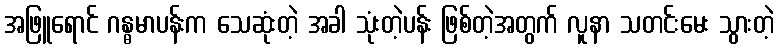
အဖြူရောင် ဂန္ဓမာပန်းက သေဆုံးတဲ့ အခါ သုံးတဲ့ပန်း ဖြစ်တဲ့အတွက် လူနာ သတင်းမေး သွားတဲ့